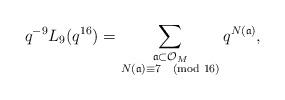
LaTeX: \begin{align*} q^{-9} L_{9}(q^{16}) = \sum_{\substack{\frak{a} \subset \mathcal{O}_{M} \\ N(\frak{a}) \equiv 7 \pmod{16}}} q^{N(\frak{a})},\end{align*}